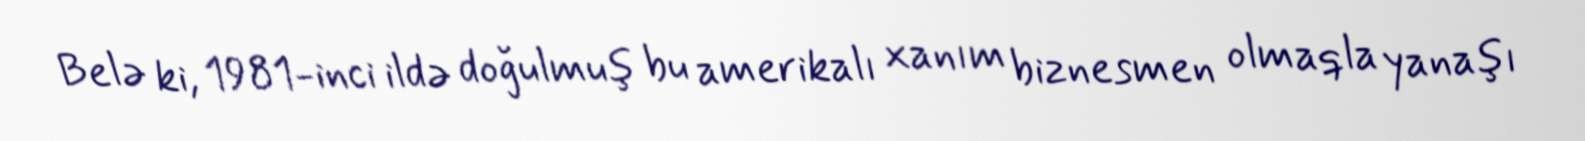
Belə ki, 1981-inci ildə doğulmuş bu amerikalı xanım biznesmen olmaqla yanaşı